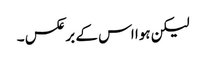
لیکن ہوا اس کے برعکس ۔